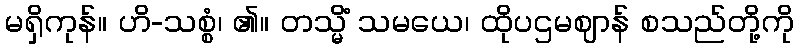
မရှိကုန်။ ဟိ-သစ္စံ၊ ၏။ တသ္မိံ သမယေ၊ ထိုပဌမဈာန် စသည်တို့ကို